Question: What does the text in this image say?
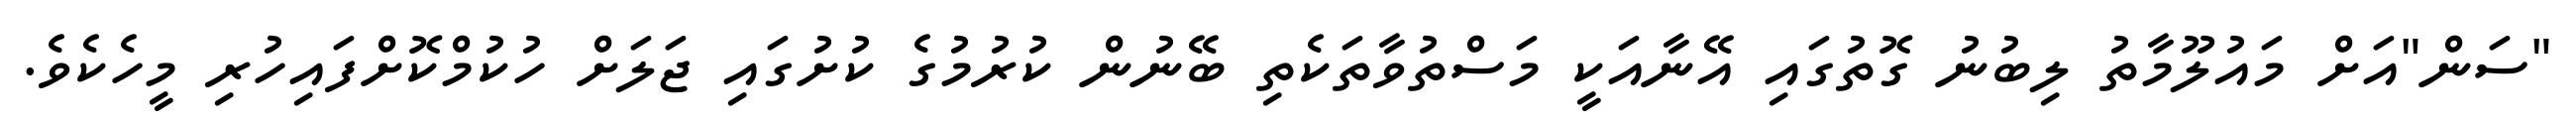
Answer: "ސަން"އަށް މައުލޫމާތު ލިބުނު ގޮތުގައި އޭނާއަކީ މަސްތުވާތަކެތި ބޭނުން ކުރުމުގެ ކުށުގައި ޖަލަށް ހުކުމްކޮށްފައިހުރި މީހެކެވެ.